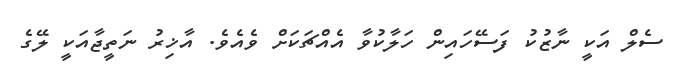
ސެލް އަކީ ނާޒުކު ފަސޭހައިން ހަލާކުވާ އެއްޗަކަށް ވެއެވެ. އާޚިރު ނަތީޖާއަކީ ލޭގެ